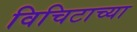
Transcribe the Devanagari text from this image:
विचिटाच्या